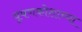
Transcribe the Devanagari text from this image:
वृषणकोशाच्या